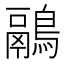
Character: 鷊